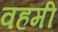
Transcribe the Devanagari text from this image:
वहमी